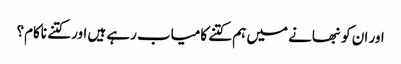
اور ان کو نبھانے میں ہم کتنے کامیاب رہے ہیں اور کتنے ناکام؟